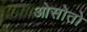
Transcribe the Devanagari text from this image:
ओसोतो